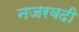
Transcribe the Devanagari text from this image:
नजरबदी